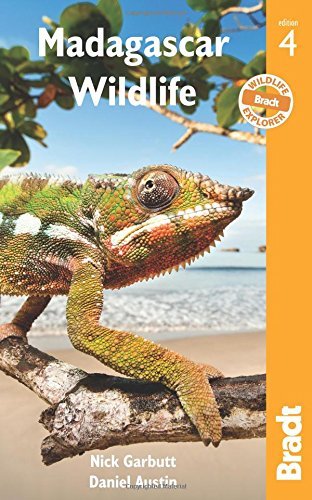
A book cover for By Daniel Austin Madagascar Wildlife (Bradt Travel Guide. Madagascar Wildlife) (Fourth Edition) [Paperback]; Travel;